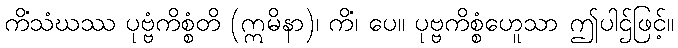
ကိံသံဃဿ ပုဗ္ဗံကိစ္စံတိ (ဣမိနာ)၊ ကိံ၊ ပေ။ ပုဗ္ဗကိစ္စံဟေူသာ ဤပါဌ်ဖြင့်။